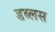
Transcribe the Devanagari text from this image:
डब्लस